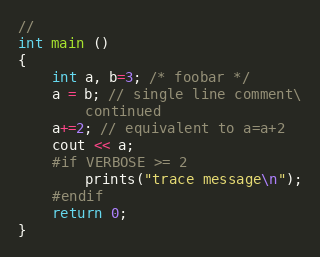
Language: C++
//
int main ()
{
    int a, b=3; /* foobar */
    a = b; // single line comment\
        continued
    a+=2; // equivalent to a=a+2
    cout << a;
    #if VERBOSE >= 2
        prints("trace message\n");
    #endif
    return 0;
}